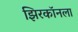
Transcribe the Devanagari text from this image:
झिरकॉनला